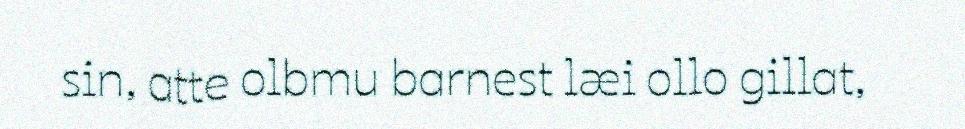
sin, atte olbmu barnest læi ollo gillat,